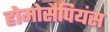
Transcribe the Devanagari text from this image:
होमोसैपियंस